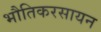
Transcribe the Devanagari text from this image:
भौतिकरसायन